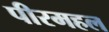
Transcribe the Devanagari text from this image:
पीरमहल